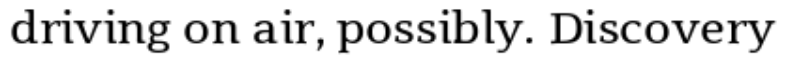
driving on air, possibly. Discovery